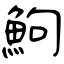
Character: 鮈